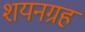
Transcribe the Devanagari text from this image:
शयनग्रह